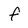
Character: f